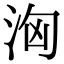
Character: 洶